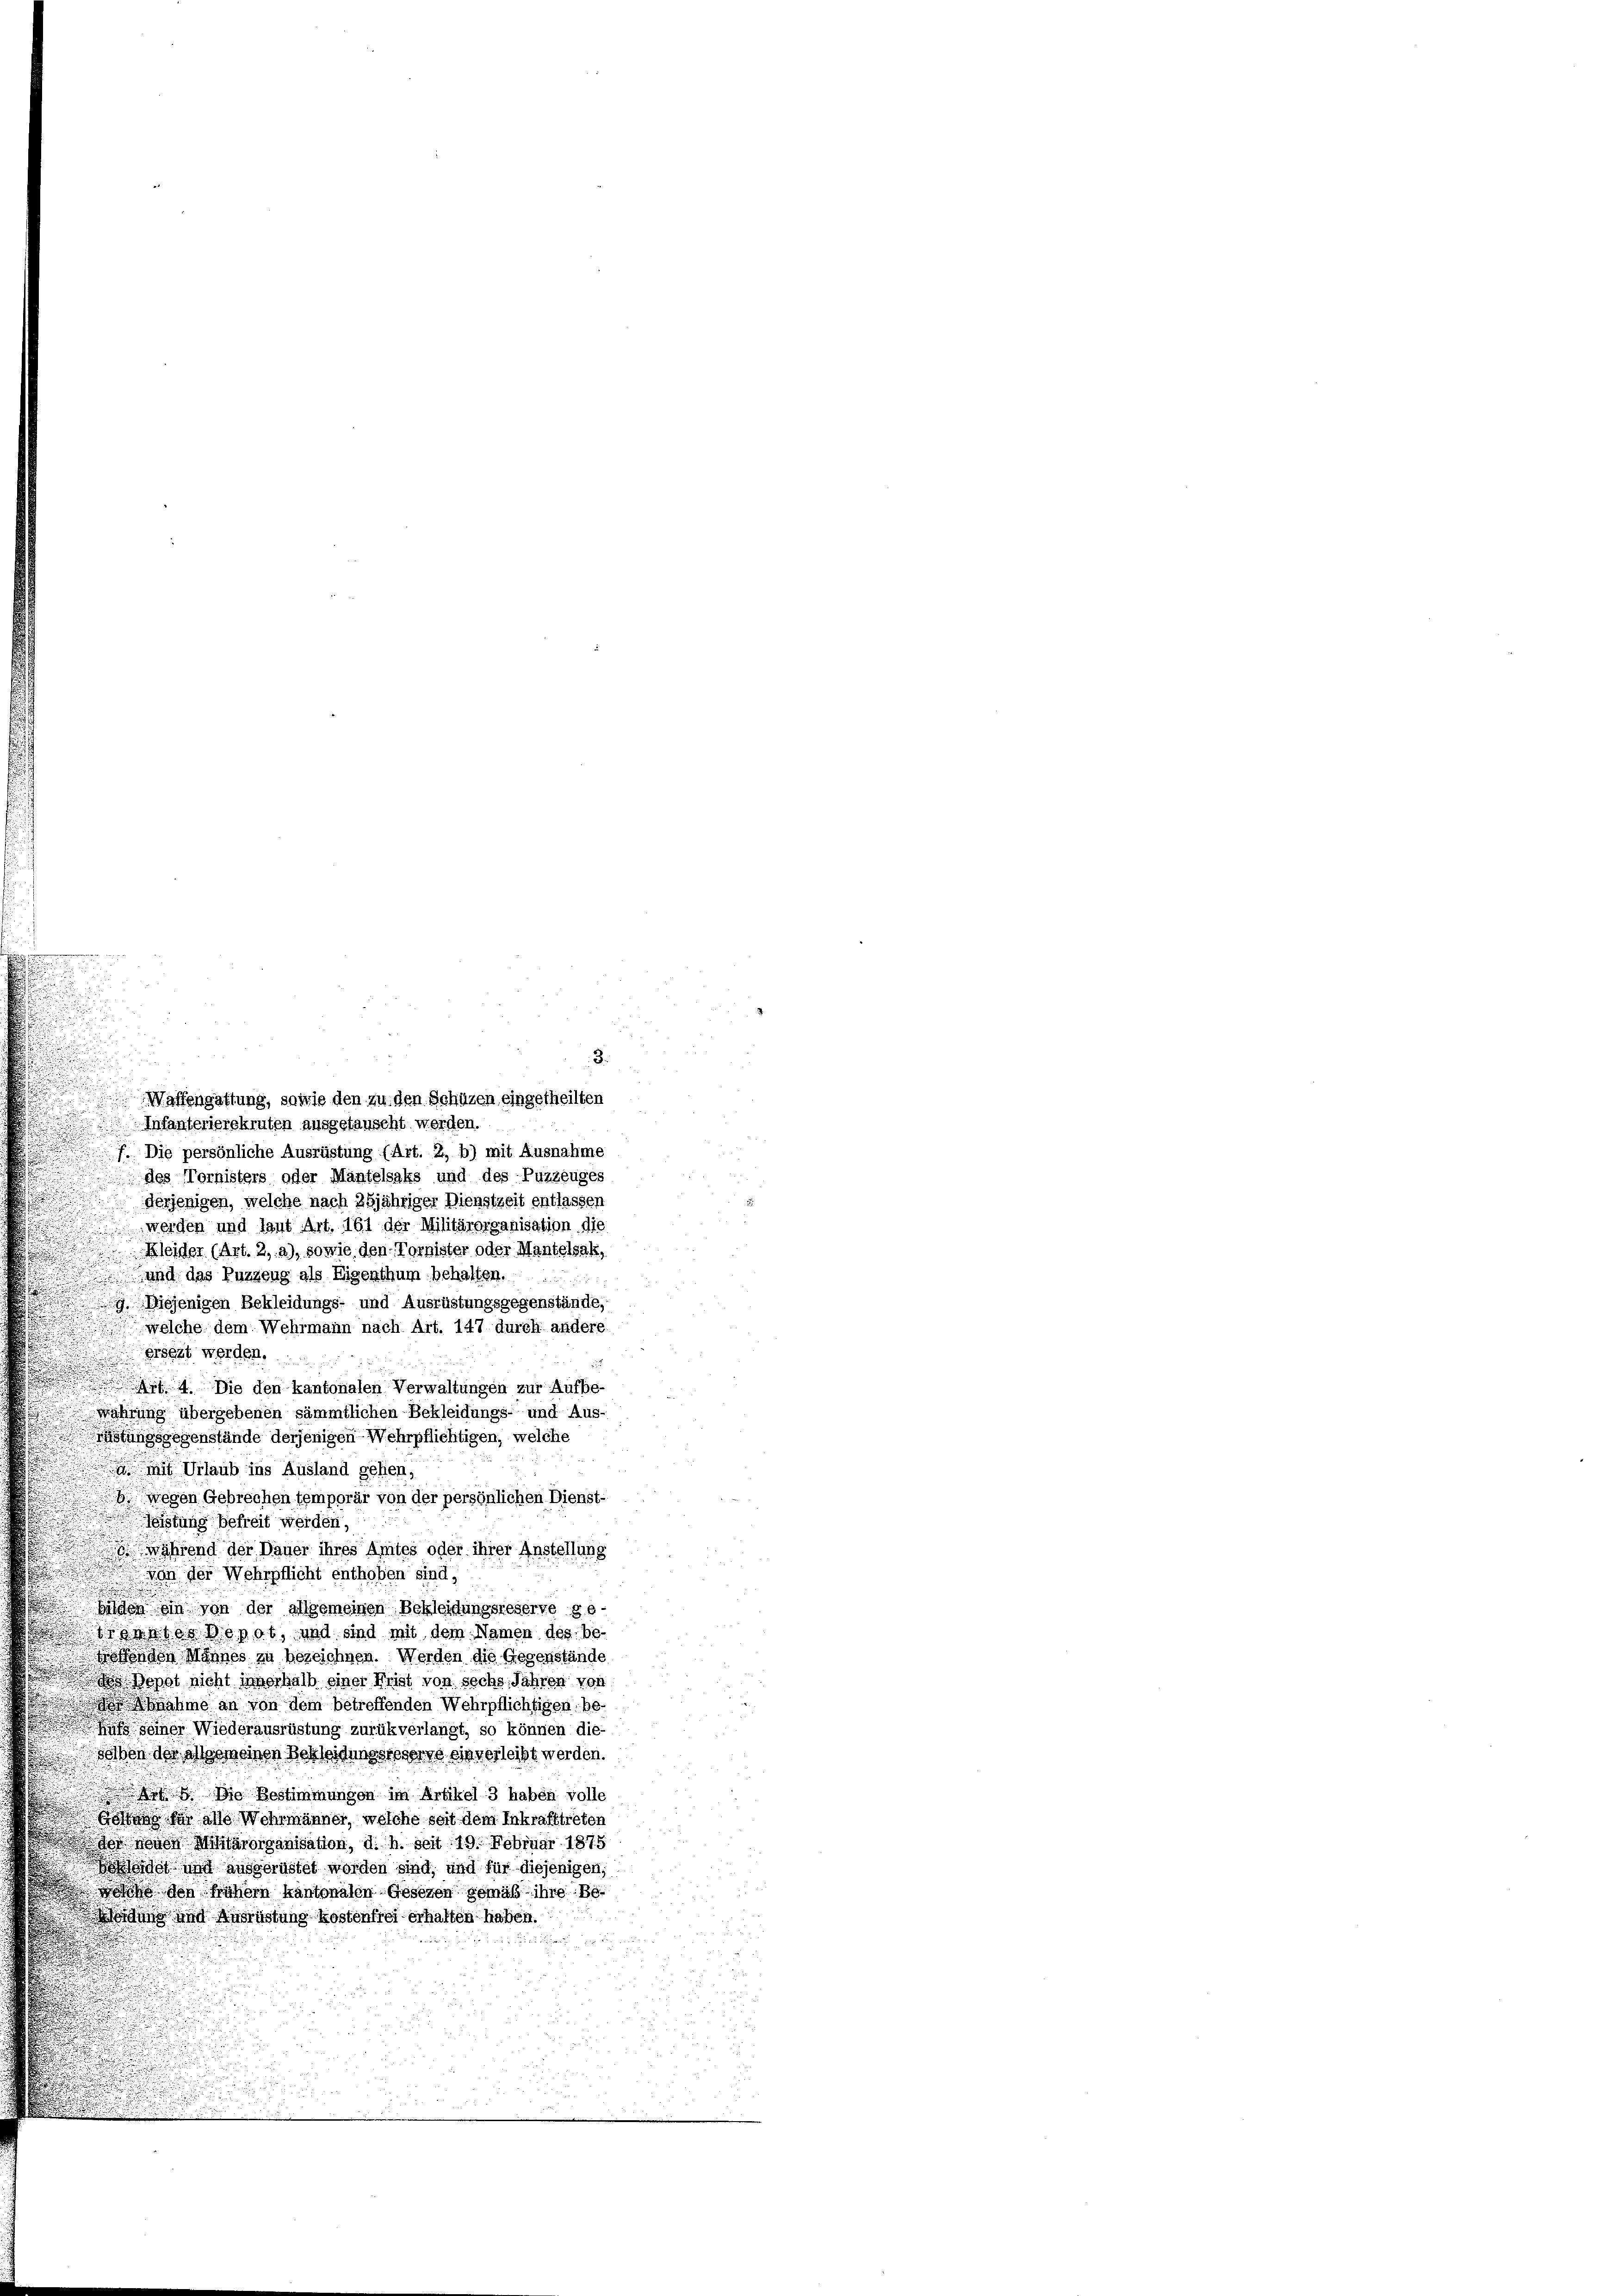
3.
Waffengattung, sowie den zu den Schüzen eingetheilten
Infanterierekruten ausgefauscht werden.
f. Die persönliche Ausrüstung (Art. 2, b) mit Ausnahme
des Tornisters oder Mäntelsaks und des Puzzeuges
derjenigen, welche nach 25jähriger Dienstzeit entlassen
werden und laut Art. 161 der Militärorganisation die
Kleider (Art. 2, a), sowie den Tornister oder Mantelsak,
und das Puzzeug als Eigenthum behalten.
g diejenigen Bekleidungs- und Ausrüstungsgegenstände,
welche dem Wehrmann nach Art. 147 durch andere
ersezt werden.
.
 4. Die den kantonalen Verwaltungen zur Aufbe-
wahrung übergebenen sämmtlichen Bekleidungs- und Aus-
rüstungsgegenstände derjenigen Wehrpflichtigen, welche
a mit Urlaub ins Ausland gehen,
wegen Gebrechen temporär von der persönlichen Dienst-
Geistung befreit werden,
 während der Dauer ihres Amtes oder ihrer Anstellung
Von der Wehrpflicht enthoben sind,
he ein von der allgemeinen Bekleidungsreserve ge-
mtos Depot, und sind mit dem Namen des be-
.
Aenden Mannes zu bezeichnen. Werden die Gegenstände
d
 d Depot nicht innerhalb einer Frist von sechs Jahren von
dnahme an von dem betreffenden Wehrpflichtigen be-
uf seiner Wiederausrüstung zurükverlangt, so können die-
selben der als seinen Bekleidungsperge einverleibt werden.
sg. Die Bestimmungen im Artikel 3 haben volle
Göttins für alle Wehrmänner, welche seit dem Inkrafttreten
der neuen Militärorganisation, d. h. seit 19. Februar 1875
ladet und ausgerüstet worden sind, und für diejenigen,
ih den frühern kantonalen Gesezen gemäß ihre Be¬
Widung und Ausrüstung kostenfrei erhalten haben.